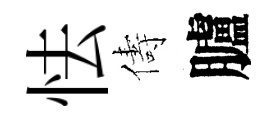
怯儔臚